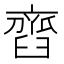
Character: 𦦏